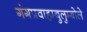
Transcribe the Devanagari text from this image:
गंगप्रवाहम्बुलुम्बोले